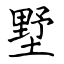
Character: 墅